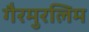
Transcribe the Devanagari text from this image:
गैरमुरलिम